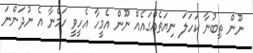
ނޫން ތިބުނާ ކަހަލަ ނިޔަތެއްގައެއް ނޫން އެމީހާ އެހީވީ ހަމްނާ އެ ނުދަންނަ